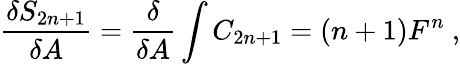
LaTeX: \frac{\delta S_{2n+1}}{\delta A}=\frac{\delta}{\delta A}\int C_{2n+1}=(n+1)F^{n}\ ,